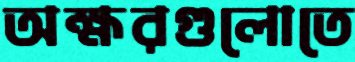
অক্ষরগুলোতে